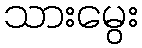
သားမွေး